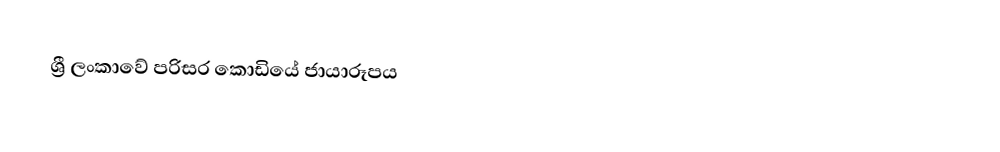
ශ්‍රී ලංකාවේ පරිසර කොඩියේ ජායාරූපය